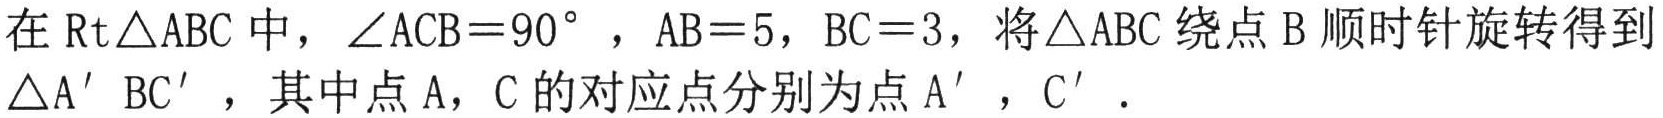
在$\text{Rt}\triangle ABC$中，$\angle ACB = 90^{\circ}$，$AB = 5$，$BC = 3$，将$\triangle ABC$绕点$B$顺时针旋转得到$\triangle A^{\prime}BC^{\prime}$，其中点$A$，$C$的对应点分别为点$A^{\prime}$，$C^{\prime}$．